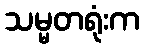
သမ္မတရုံးက